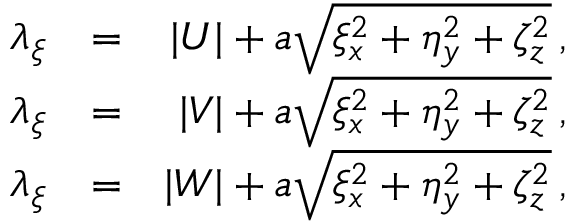
\begin{array} { r l r } { { \lambda _ { \xi } } } & { { = } } & { { | U | + a \sqrt { \xi _ { x } ^ { 2 } + \eta _ { y } ^ { 2 } + \zeta _ { z } ^ { 2 } } \, \mathrm { , } } } \\ { { \lambda _ { \xi } } } & { { = } } & { { | V | + a \sqrt { \xi _ { x } ^ { 2 } + \eta _ { y } ^ { 2 } + \zeta _ { z } ^ { 2 } } \, \mathrm { , } } } \\ { { \lambda _ { \xi } } } & { { = } } & { { | W | + a \sqrt { \xi _ { x } ^ { 2 } + \eta _ { y } ^ { 2 } + \zeta _ { z } ^ { 2 } } \, \mathrm { , } } } \end{array}